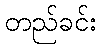
တည်ခင်း